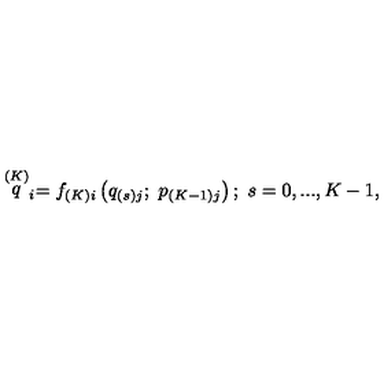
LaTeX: \stackrel { \left( K \right) } { q } _ { i } = f _ { \left( K \right) i } \left( q _ { \left( s \right) j } ; \ p _ { \left( K - 1 \right) j } \right) ; \ s = 0 , . . . , K - 1 ,